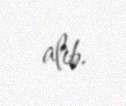
alıb.